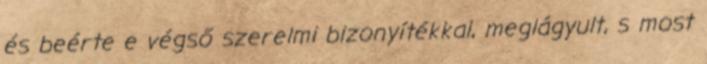
és beérte e végső szerelmi bizonyítékkal, meglágyult, s most